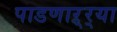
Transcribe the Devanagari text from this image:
पाडणाऱ्र्‍या